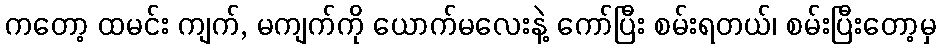
ကတော့ ထမင်း ကျက်, မကျက်ကို ယောက်မလေးနဲ့ ကော်ပြီး စမ်းရတယ်၊ စမ်းပြီးတော့မှ